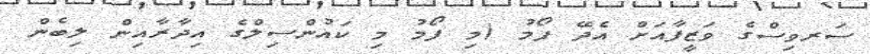
ސަރވިސްގެ ވަޒީފާއަށް އެދޭ ފޯމު (މި ފޯމު މި ކައުންސިލްގެ އިދާރާއިން ލިބެން